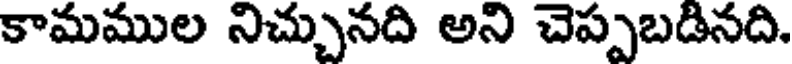
కామముల నిచ్చునది అని చెప్పబడినది.